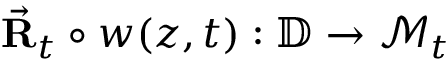
\vec { \bf R } _ { t } \circ w ( z , t ) : \mathbb { D } \rightarrow \mathcal { M } _ { t }